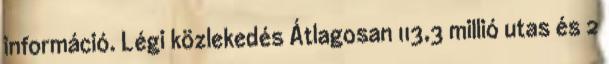
információ. Légi közlekedés Átlagosan 113,3 millió utas és 2